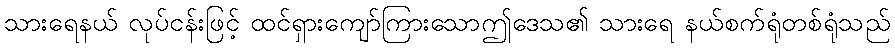
သားရေနယ် လုပ်ငန်းဖြင့် ထင်ရှားကျော်ကြားသောဤဒေသ၏ သားရေ နယ်စက်ရုံတစ်ရုံသည်